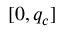
[ 0 , q _ { c } ]